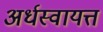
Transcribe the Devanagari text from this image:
अर्धस्वायत्त